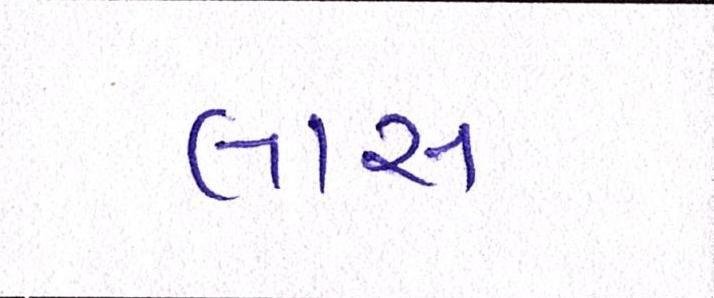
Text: લાસ